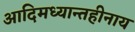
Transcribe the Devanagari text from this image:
आदिमध्यान्तहीनाय